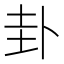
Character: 卦